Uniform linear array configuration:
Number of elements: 12
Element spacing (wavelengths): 1
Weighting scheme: hann
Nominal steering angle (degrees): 30
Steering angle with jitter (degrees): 28.008
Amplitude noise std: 0.05
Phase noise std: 0.05

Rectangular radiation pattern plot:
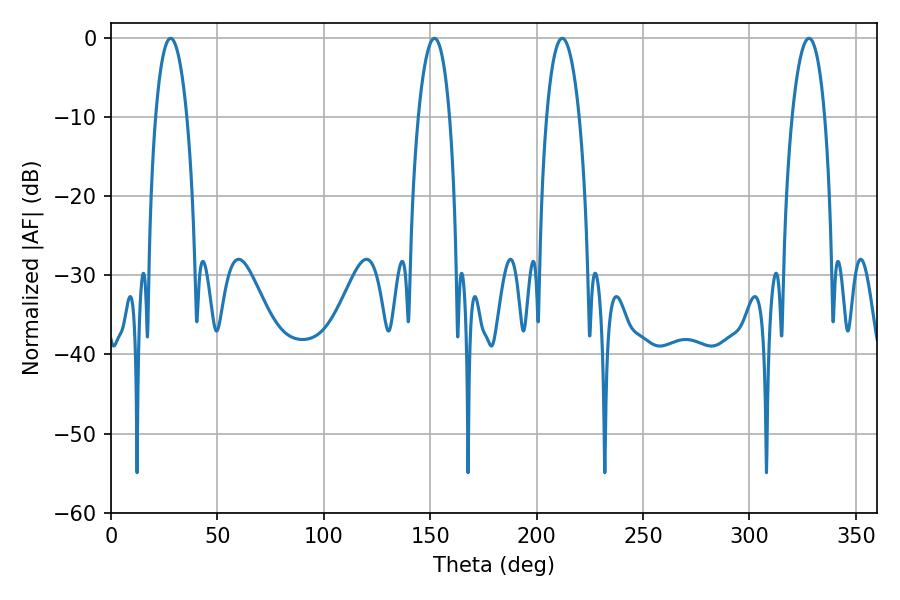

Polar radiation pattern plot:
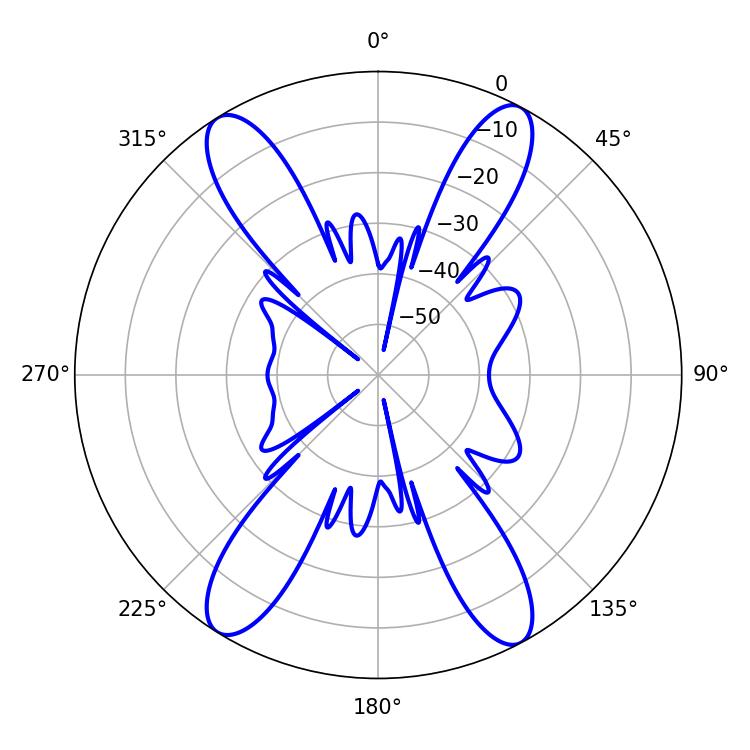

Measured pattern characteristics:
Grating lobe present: TRUE
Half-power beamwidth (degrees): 8.46
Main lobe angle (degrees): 212.04